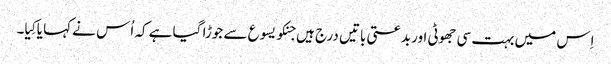
اِس میں بہت سی جھوٹی اور بدعتی باتیں درج ہیں جنکو یسوع سے جوڑا گیا ہے کہ اُس نے کہا یا کِیا۔